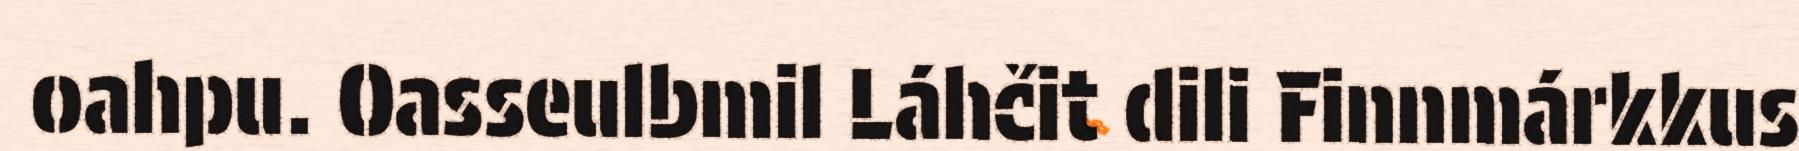
oahpu. Oasseulbmil Láhčit dili Finnmárkkus